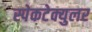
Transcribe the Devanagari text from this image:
स्पेकटेक्युलर